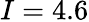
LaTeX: I=4.6